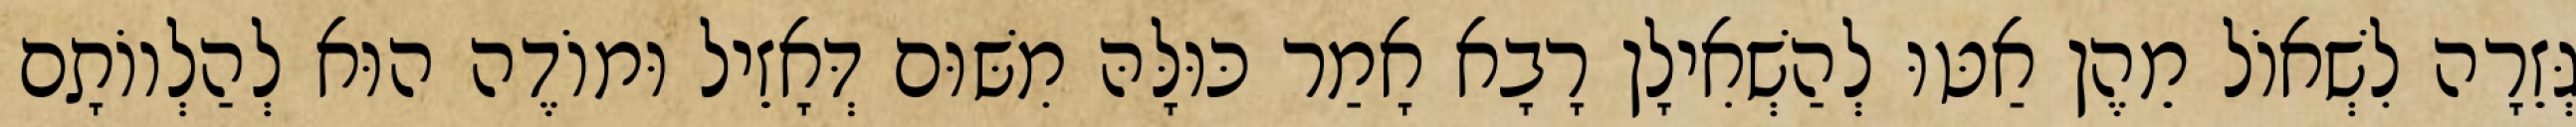
גְּזֵרָה לִשְׁאוֹל מֵהֶן אַטּוּ לְהַשְׁאִילָן רָבָא אָמַר כּוּלָּהּ מִשּׁוּם דְּאָזֵיל וּמוֹדֶה הוּא לְהַלְווֹתָם